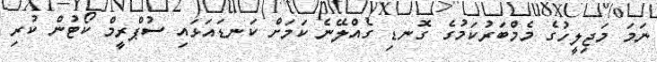
ނަމަ މަޖިލީހުގެ މެމްބަރުކަމުގެ ގޮނޑި ގެއްލޭނެ ކަމަށް ކަނޑައަޅައި ސުޕްރީމް ކޯޓުން ކުރި